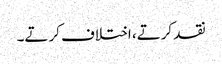
نقد کرتے، اختلاف کرتے۔